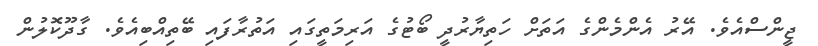
ޖީންސްއެވެ. އޭރު އެންމެންގެ އަތަށް ހަތިޔާރުދީ ބޯޓުގެ އަރިމަތީގައި އަތުރާފައި ބޭތިއްބިއެވެ. ގާދޫކޮލުން